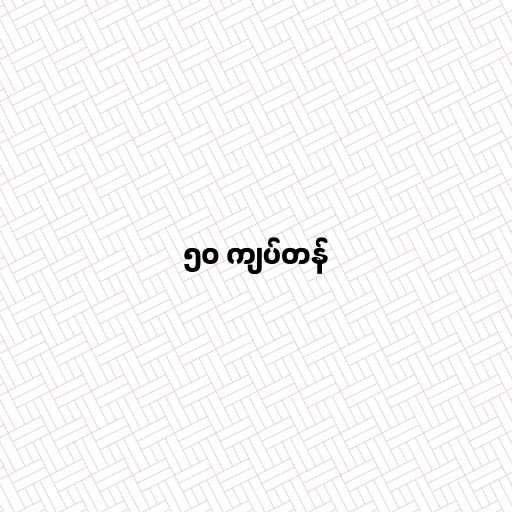
၅၀ ကျပ်တန်